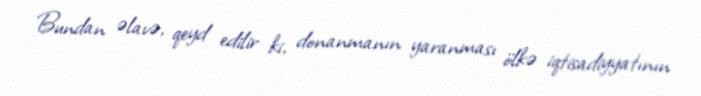
Bundan əlavə, qeyd edilir ki, donanmanın yaranması ölkə iqtisadiyyatının